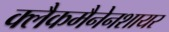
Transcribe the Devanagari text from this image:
क्लैकमैनेनशायर